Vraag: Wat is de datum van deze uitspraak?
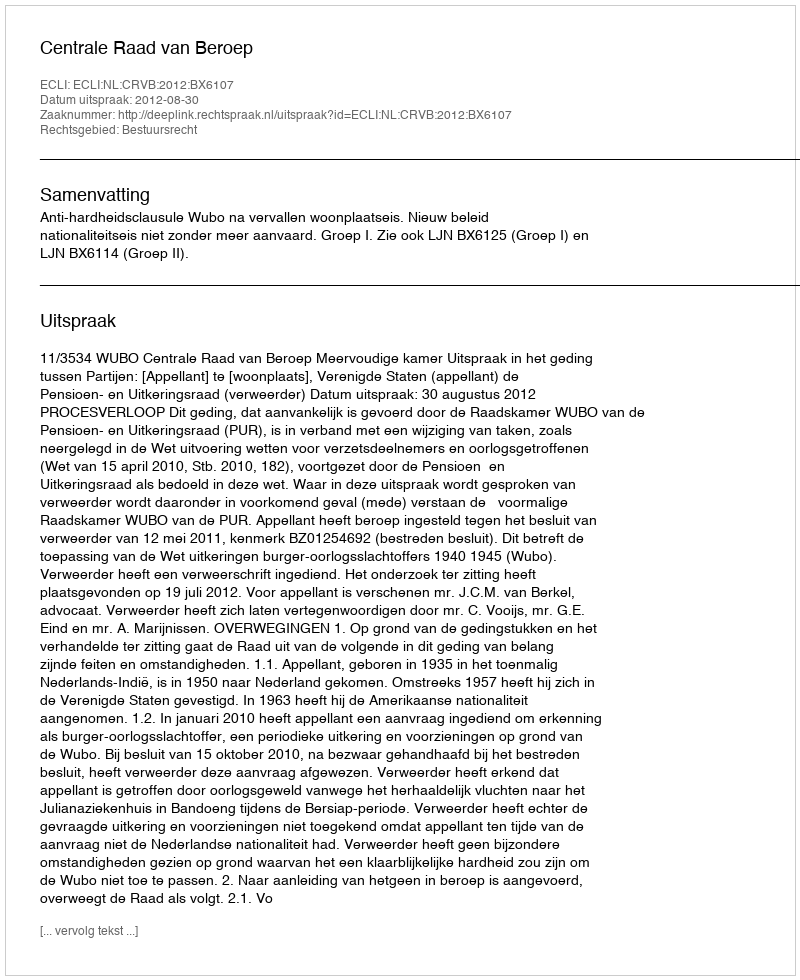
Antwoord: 2012-08-30